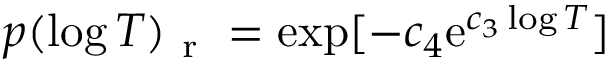
p ( \log T ) _ { \mathrm { ~ r ~ } } = \exp [ - c _ { 4 } \mathrm { e } ^ { c _ { 3 } \log T } ]